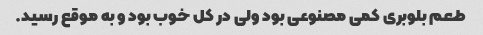
طعم بلوبری کمی مصنوعی بود ولی در کل خوب بود و به موقع رسید.